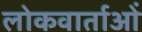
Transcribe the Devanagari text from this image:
लोकवार्ताओं